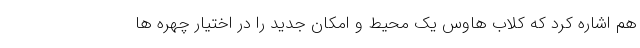
هم اشاره کرد که کلاب هاوس یک محیط و امکان جدید را در اختیار چهره ها